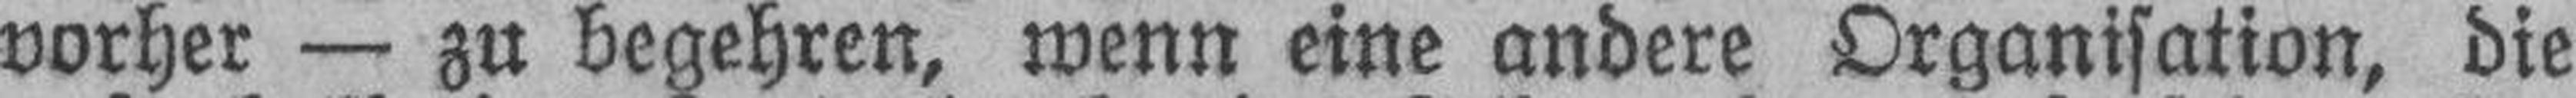
vorher — zu begehren, wenn eine andere Organisation, die